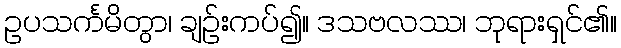
ဥပသင်္ကမိတွာ၊ ချဉ်းကပ်၍။ ဒသဗလဿ၊ ဘုရားရှင်၏။